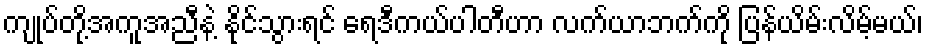
ကျုပ်တို့အကူအညီနဲ့ နိုင်သွားရင် ရေဒီကယ်ပါတီဟာ လက်ယာဘက်ကို ပြန်ယိမ်းလိမ့်မယ်၊